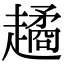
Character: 𧽻